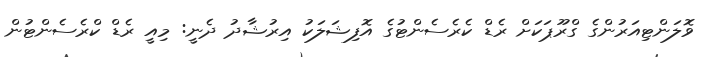
ވޮލަންޓިއަރުންގެ ގްރޫޕަކަށް ރެޑް ކެރެސެންޓުގެ އޮފިޝަލަކު އިރުޝާދު ދެނީ: މިއީ ރެޑް ކްރެސެންޓުން